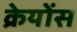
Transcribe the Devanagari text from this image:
क्रेयोंस